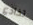
تخادع